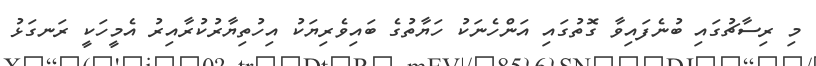
މި ރިސާޗުގައި ބުނެފައިވާ ގޮތުގައި އަންހެނަކު ހަޔާތުގެ ބައިވެރިިޔަކު އިހުތިޔާރުކުރާއިރު އެމީހަކީ ރަނގަޅު